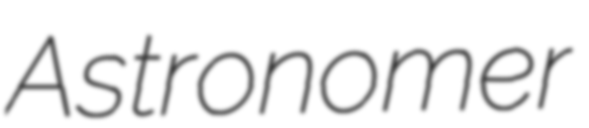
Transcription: Astronomer